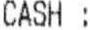
CASH :